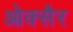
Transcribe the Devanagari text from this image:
ओक्सैर